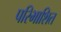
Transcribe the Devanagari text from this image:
परिभाशित